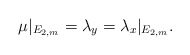
\begin{align*}\mu|_{E_{2,m}}= \lambda_y =\lambda_x|_{E_{2,m}}.\end{align*}